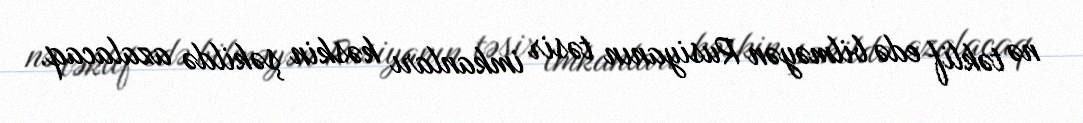
nə təklif edə bilməyən Rusiyanın təsir imkanları kəskin şəkildə azalacaq.